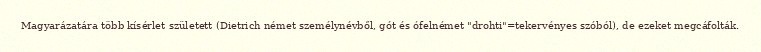
Magyarázatára több kísérlet született (Dietrich német személynévből, gót és ófelnémet "drohti"=tekervényes szóból), de ezeket megcáfolták.